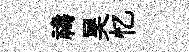
禱昊忆